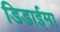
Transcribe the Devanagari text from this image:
डिडाईमा